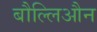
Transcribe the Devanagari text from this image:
बौल्लिऔन